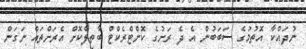
ނުދައްކާ އޮތުމުގެ ސަބަބުން އެ ދެ ރަށުގެ ކޮންޓްރެކްޓް ބާތިލްކޮށް އެރަށްތައް ނަގަން